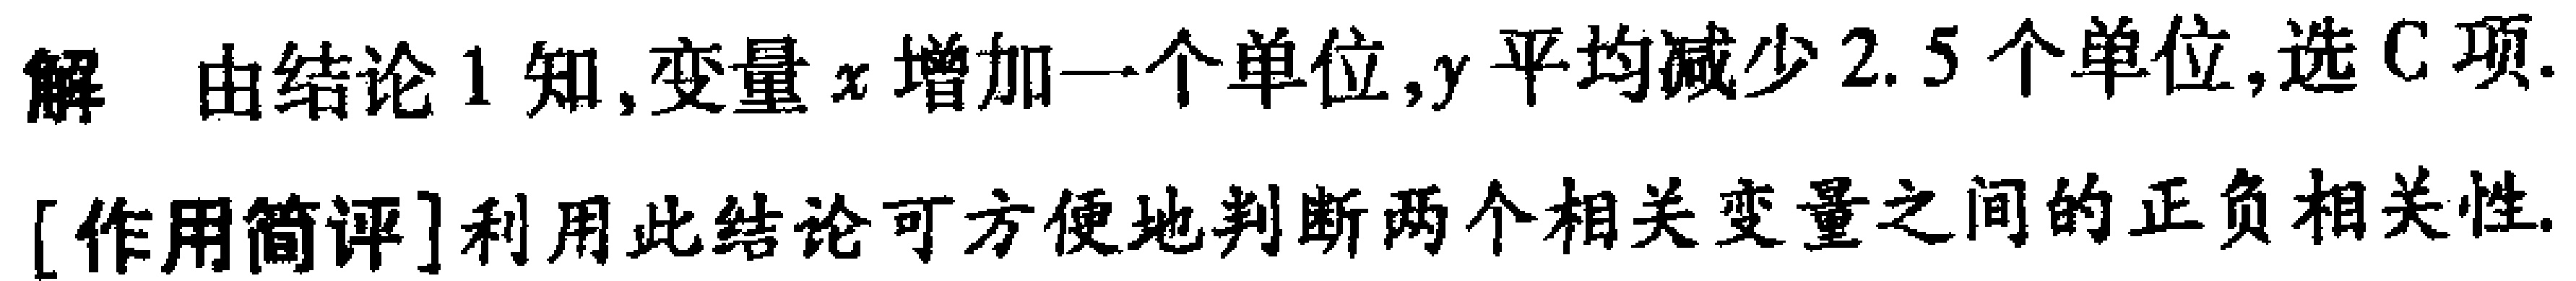
解 由结论 1 知,变量 \(x\) 增加一个单位,\(y\) 平均减少 \(2.5\) 个单位,选 C 项.

[作用简评]利用此结论可方便地判断两个相关变量之间的正负相关性.